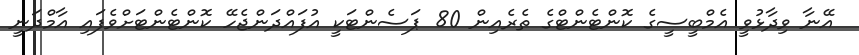
އޭނާ ވިދާޅުވީ އެމްބީސީގެ ކޮންޓެންޓްގެ ތެރެއިން 80 ޕަސެންޓަކީ އުފައްދަންޖެހޭ ކޮންޓެންޓަށްވެފައި އާމްދަނީ